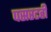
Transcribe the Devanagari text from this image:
पसरटही